Source: Handwritten
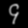
Digit: ၄ (4)